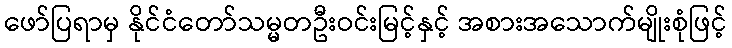
ဖော်ပြရာမှ နိုင်ငံတော်သမ္မတဦးဝင်းမြင့်နှင့် အစားအသောက်မျိုးစုံဖြင့်